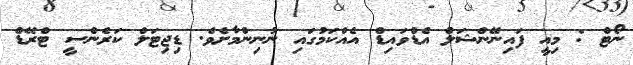
ނޯޓް : މިއީ ފައިނޭންޝަލް އެޑްވައިޑް އެއްކަމުގައި ނުނިންމާށެވެ. ޑިޖިޓަލް ކަރެންސީ ޓްރޭޑް